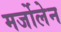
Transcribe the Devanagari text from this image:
मर्जोलेन